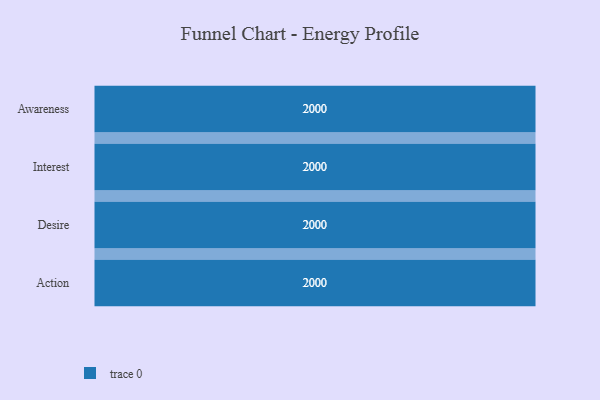
{"axis": {"x": "Stage", "y": "Value"}, "legend": [""], "data": [{"x": "Awareness", "y": 2000, "type": ""}, {"x": "Interest", "y": 2000, "type": ""}, {"x": "Desire", "y": 2000, "type": ""}, {"x": "Action", "y": 2000, "type": ""}]}